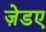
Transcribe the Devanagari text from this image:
ज़ेडए